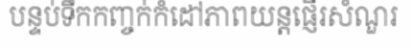
បន្ទប់ទឹកកញ្ចក់កំដៅភាពយន្តផ្ញើរសំណួរ